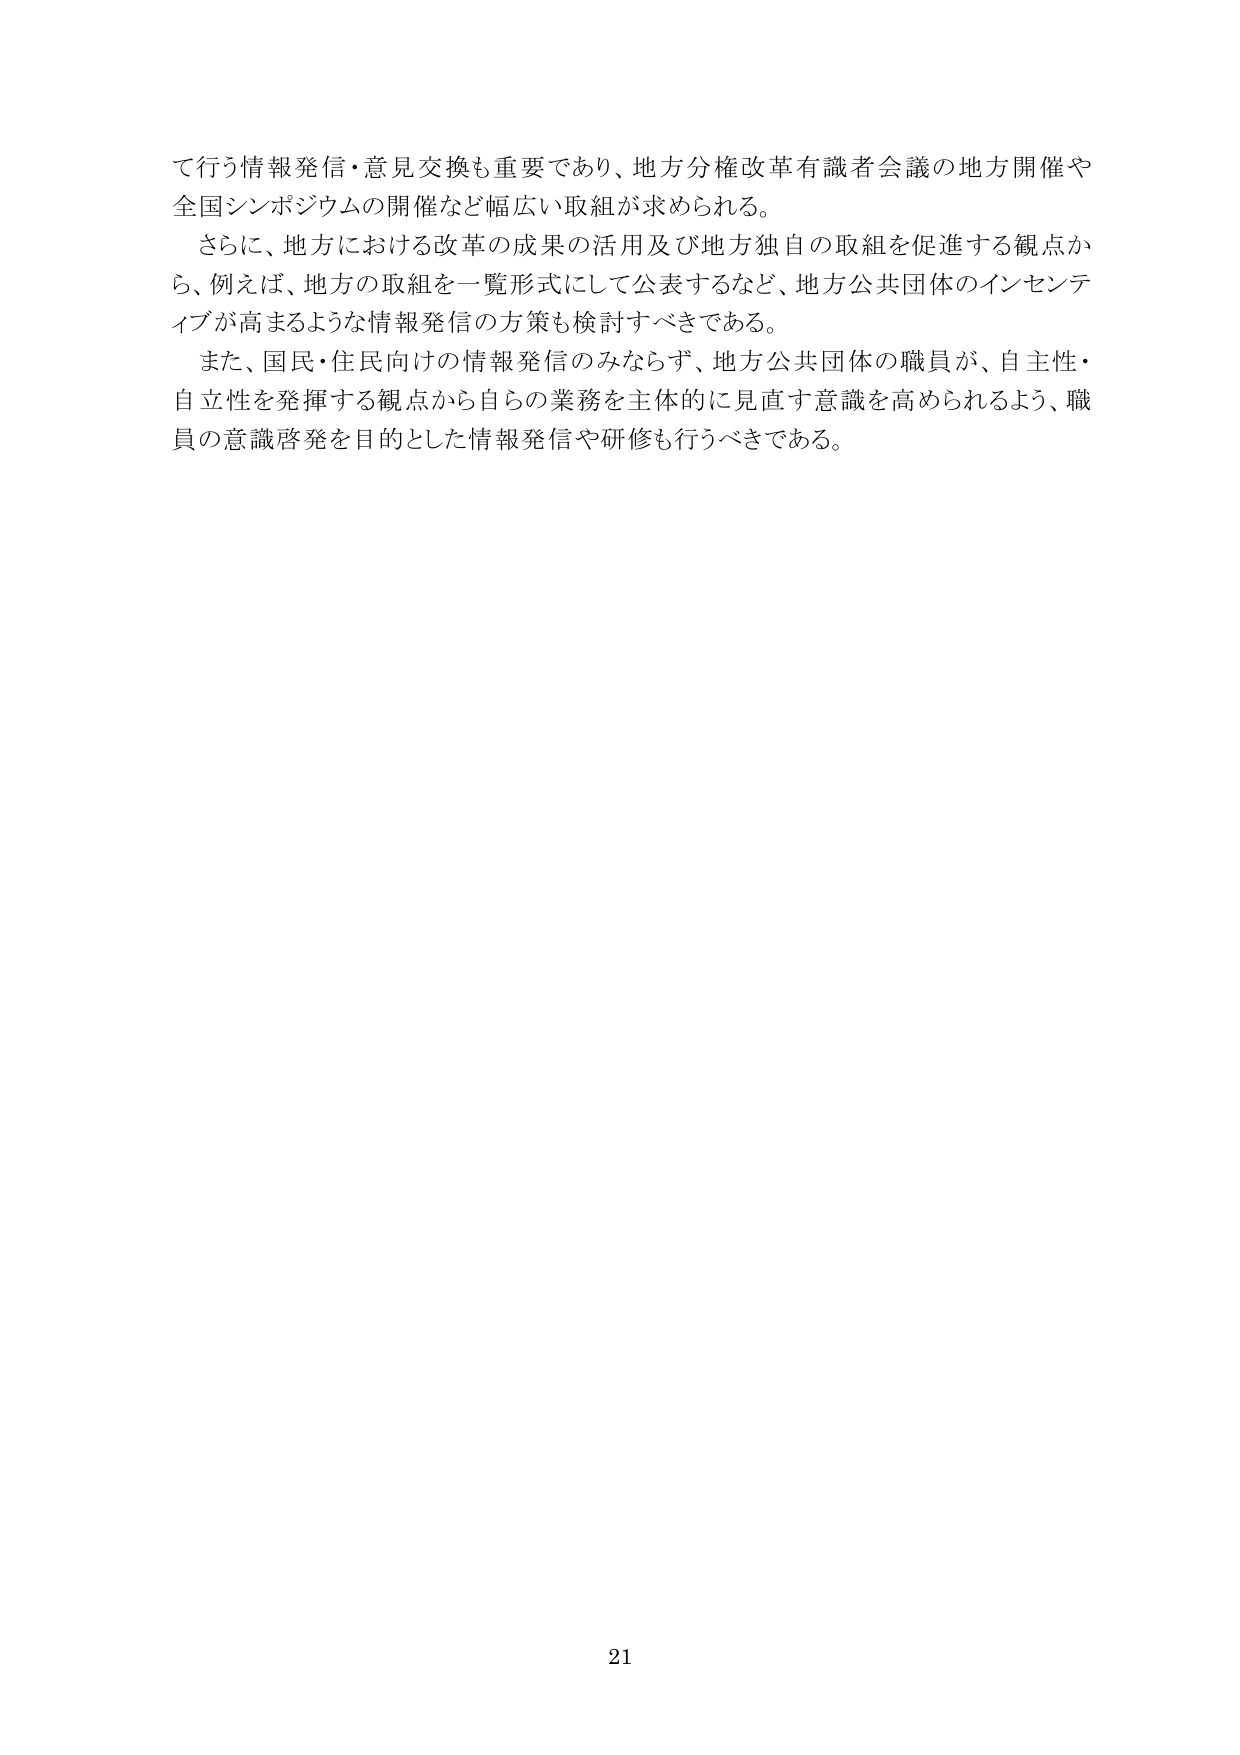
て行う情報発信・意見交換も重要であり、地方分権改革有識者会議の地方開催や
全国シンポジウムの開催など幅広い取組が求められる。
さらに、地方における改革の成果の活用及び地方独自の取組を促進する観点か
ら、例えば、地方の取組を一覧形式にして公表するなど、地方公共団体のインセンテ
イブが高まるような情報発信の方策も検討すべきである。
また、国民・住民向けの情報発信のみならず、地方公共団体の職員が、自主性・
自立性を発揮する観点から自らの業務を主体的に見直す意識を高められるよう、職
員の意識啓発を目的とした情報発信や研修も行うべきである。
21